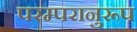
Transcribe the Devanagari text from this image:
परम्परानुरूप